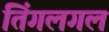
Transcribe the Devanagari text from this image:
तिंगलगल